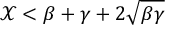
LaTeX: \mathcal { X } < \beta + \gamma + 2 \sqrt { \beta \gamma }